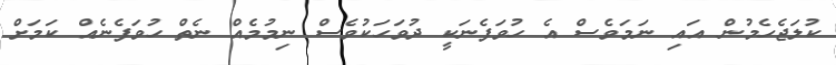
ކުލަޖެހެމުން އައި ނަމަވެސް އެ ހުވަފެނަކީ ދުވަހަކުވެސް ނިމުމެއް ނެތް ހުވަފެނެއް ކަމަށް